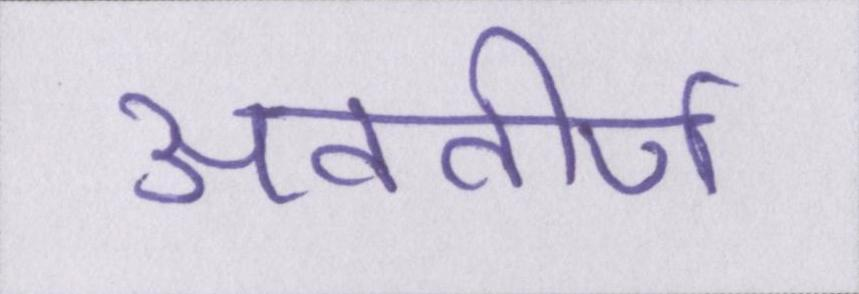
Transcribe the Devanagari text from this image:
अवतीर्ण